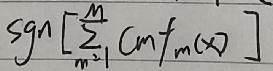
\( \text{sgn}\left[\sum_{m = 1}^{M} C_m f_m(x)\right] \)